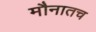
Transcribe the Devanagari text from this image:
मौनातच